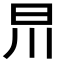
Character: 𣅕